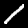
Digit: 1